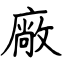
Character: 廠